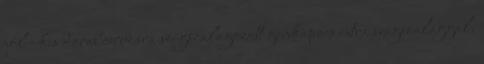
jól - kis darab ceruzára szigszalagozott gemkapocs extra szigszalaggal,